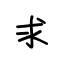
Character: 求